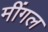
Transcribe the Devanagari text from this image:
मींगल